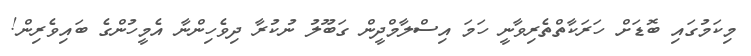
މިކަމުގައި ބޮޑަށް ހަރަކާތްތެރިވާނީ ހަމަ އިސްލާމްދީން ގަބޫލު ނުކުރާ ދިވެހިންނާ އެމީހުންގެ ބައިވެރިން!